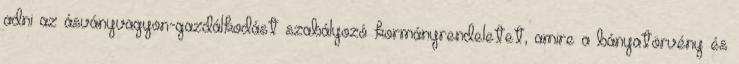
adni az ásványvagyon-gazdálkodást szabályozó kormányrendeletet, amire a bányatörvény és